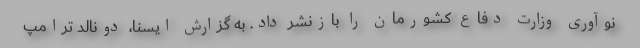
نوآوری وزارت دفاع کشورمان را بازنشر داد. به گزارش ایسنا، دونالد ترامپ